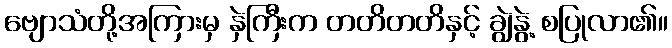
ဗျောသံတို့အကြားမှ နှဲကြီးက တတိတတိနှင့် ချွဲနွဲ့ စပြုလာ၏။